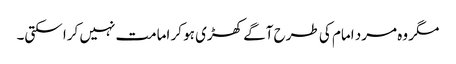
مگر وہ مرد امام کی طرح آگے کھڑی ہو کر امامت نہیں کرا سکتی۔